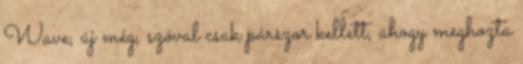
Wave, új még, szóval csak párszor kellett, ahogy meghozta